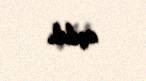
açılıb.